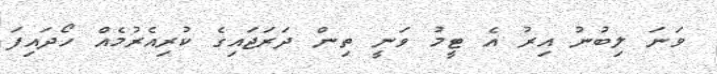
ވަނަ ލިބުނު އިރު އެ ޓީމު ވަނީ ތިން ދަރަޖައިގެ ކުރިއެރުމެއް ހޯދައިފަ